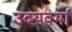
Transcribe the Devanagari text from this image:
उदयवर्मा